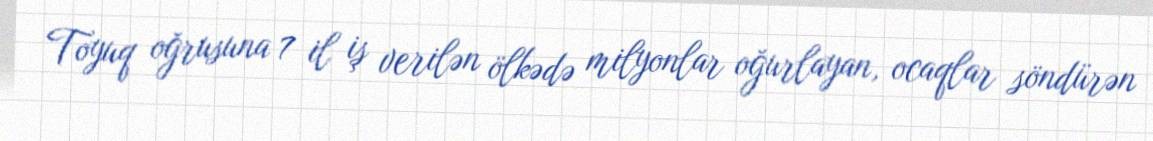
Toyuq oğrusuna 7 il iş verilən ölkədə milyonlar oğurlayan, ocaqlar söndürən